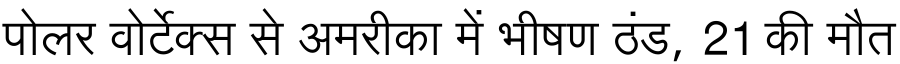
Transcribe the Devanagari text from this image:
पोलर वोर्टेक्स से अमरीका में भीषण ठंड, 21 की मौत